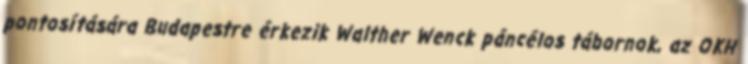
pontosítására Budapestre érkezik Walther Wenck páncélos tábornok, az OKH